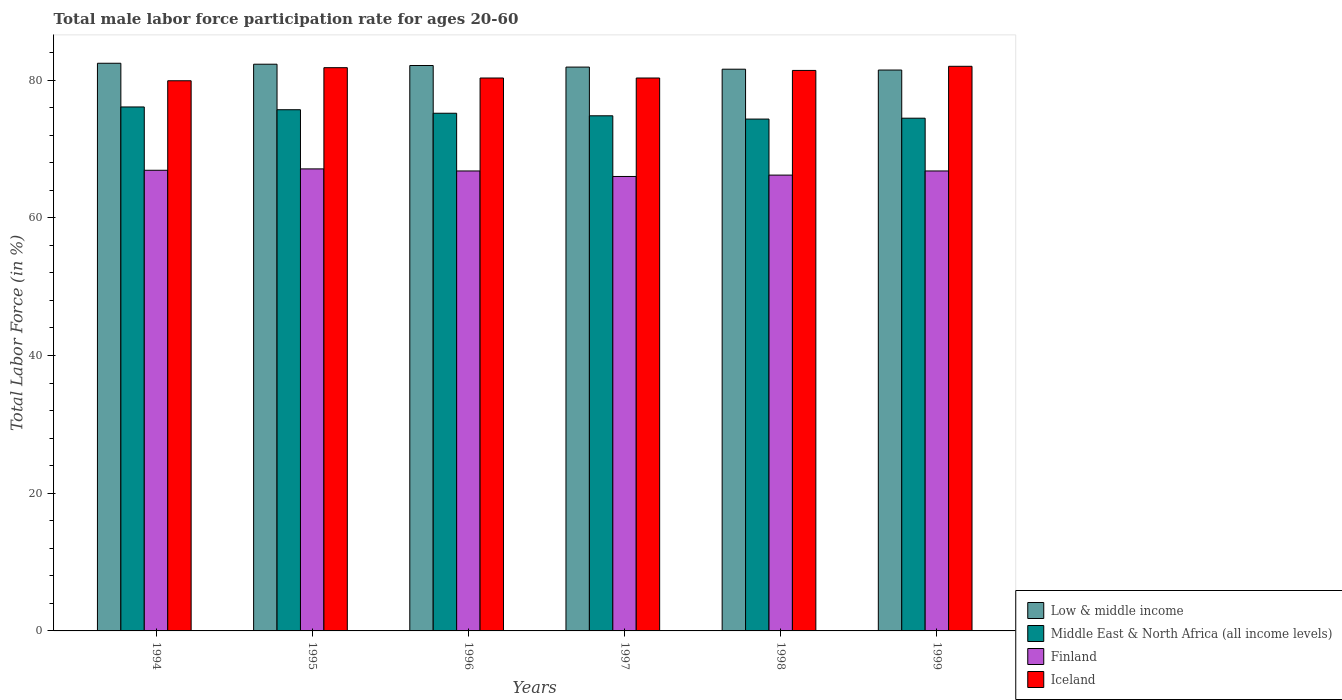
| Years | Low & middle income | Middle East & North Africa (all income levels) | Finland | Iceland |
 | --- | --- | --- | --- | --- |
 | 1994 | 82.4 | 76.1 | 66.9 | 79.9 |
 | 1995 | 82.3 | 75.7 | 67.1 | 81.8 |
 | 1996 | 82.1 | 75.2 | 66.8 | 80.3 |
 | 1997 | 81.9 | 74.8 | 66 | 80.3 |
 | 1998 | 81.6 | 74.3 | 66.2 | 81.4 |
 | 1999 | 81.5 | 74.5 | 66.8 | 82 |